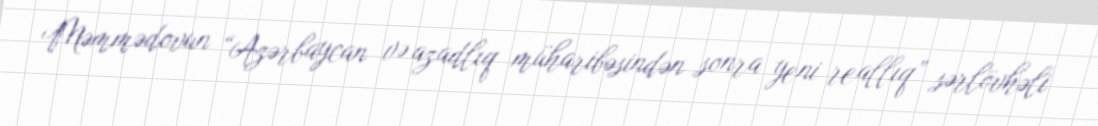
Məmmədovun “Azərbaycan və azadlıq müharibəsindən sonra yeni reallıq” sərlövhəli